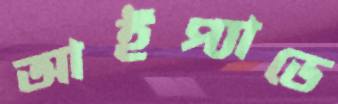
আইপ্যাডে